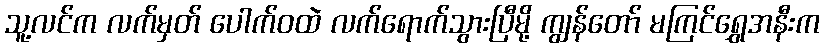
သူ့လင်က လက်မှတ် ပေါက်ဝထဲ လက်ရောက်သွားပြီမို့ ကျွန်တော် မကြင်ရွှေအနီးက